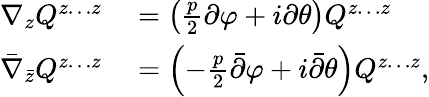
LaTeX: \begin{array}{rl}{\nabla_{z}Q^{z\ldots z}}&{{}=\left(\frac{p}{2}\partial\varphi+i\partial\theta\right)Q^{z\ldots z}}\\ {\bar{\nabla}_{\bar{z}}Q^{z\ldots z}}&{{}=\left(-\frac{p}{2}\bar{\partial}\varphi+i\bar{\partial}\theta\right)Q^{z\ldots z},}\end{array}